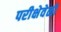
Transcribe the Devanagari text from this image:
परीक्षेवेळी